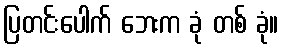
ပြတင်းပေါက် ဘေးက ခုံ တစ် ခုံ။